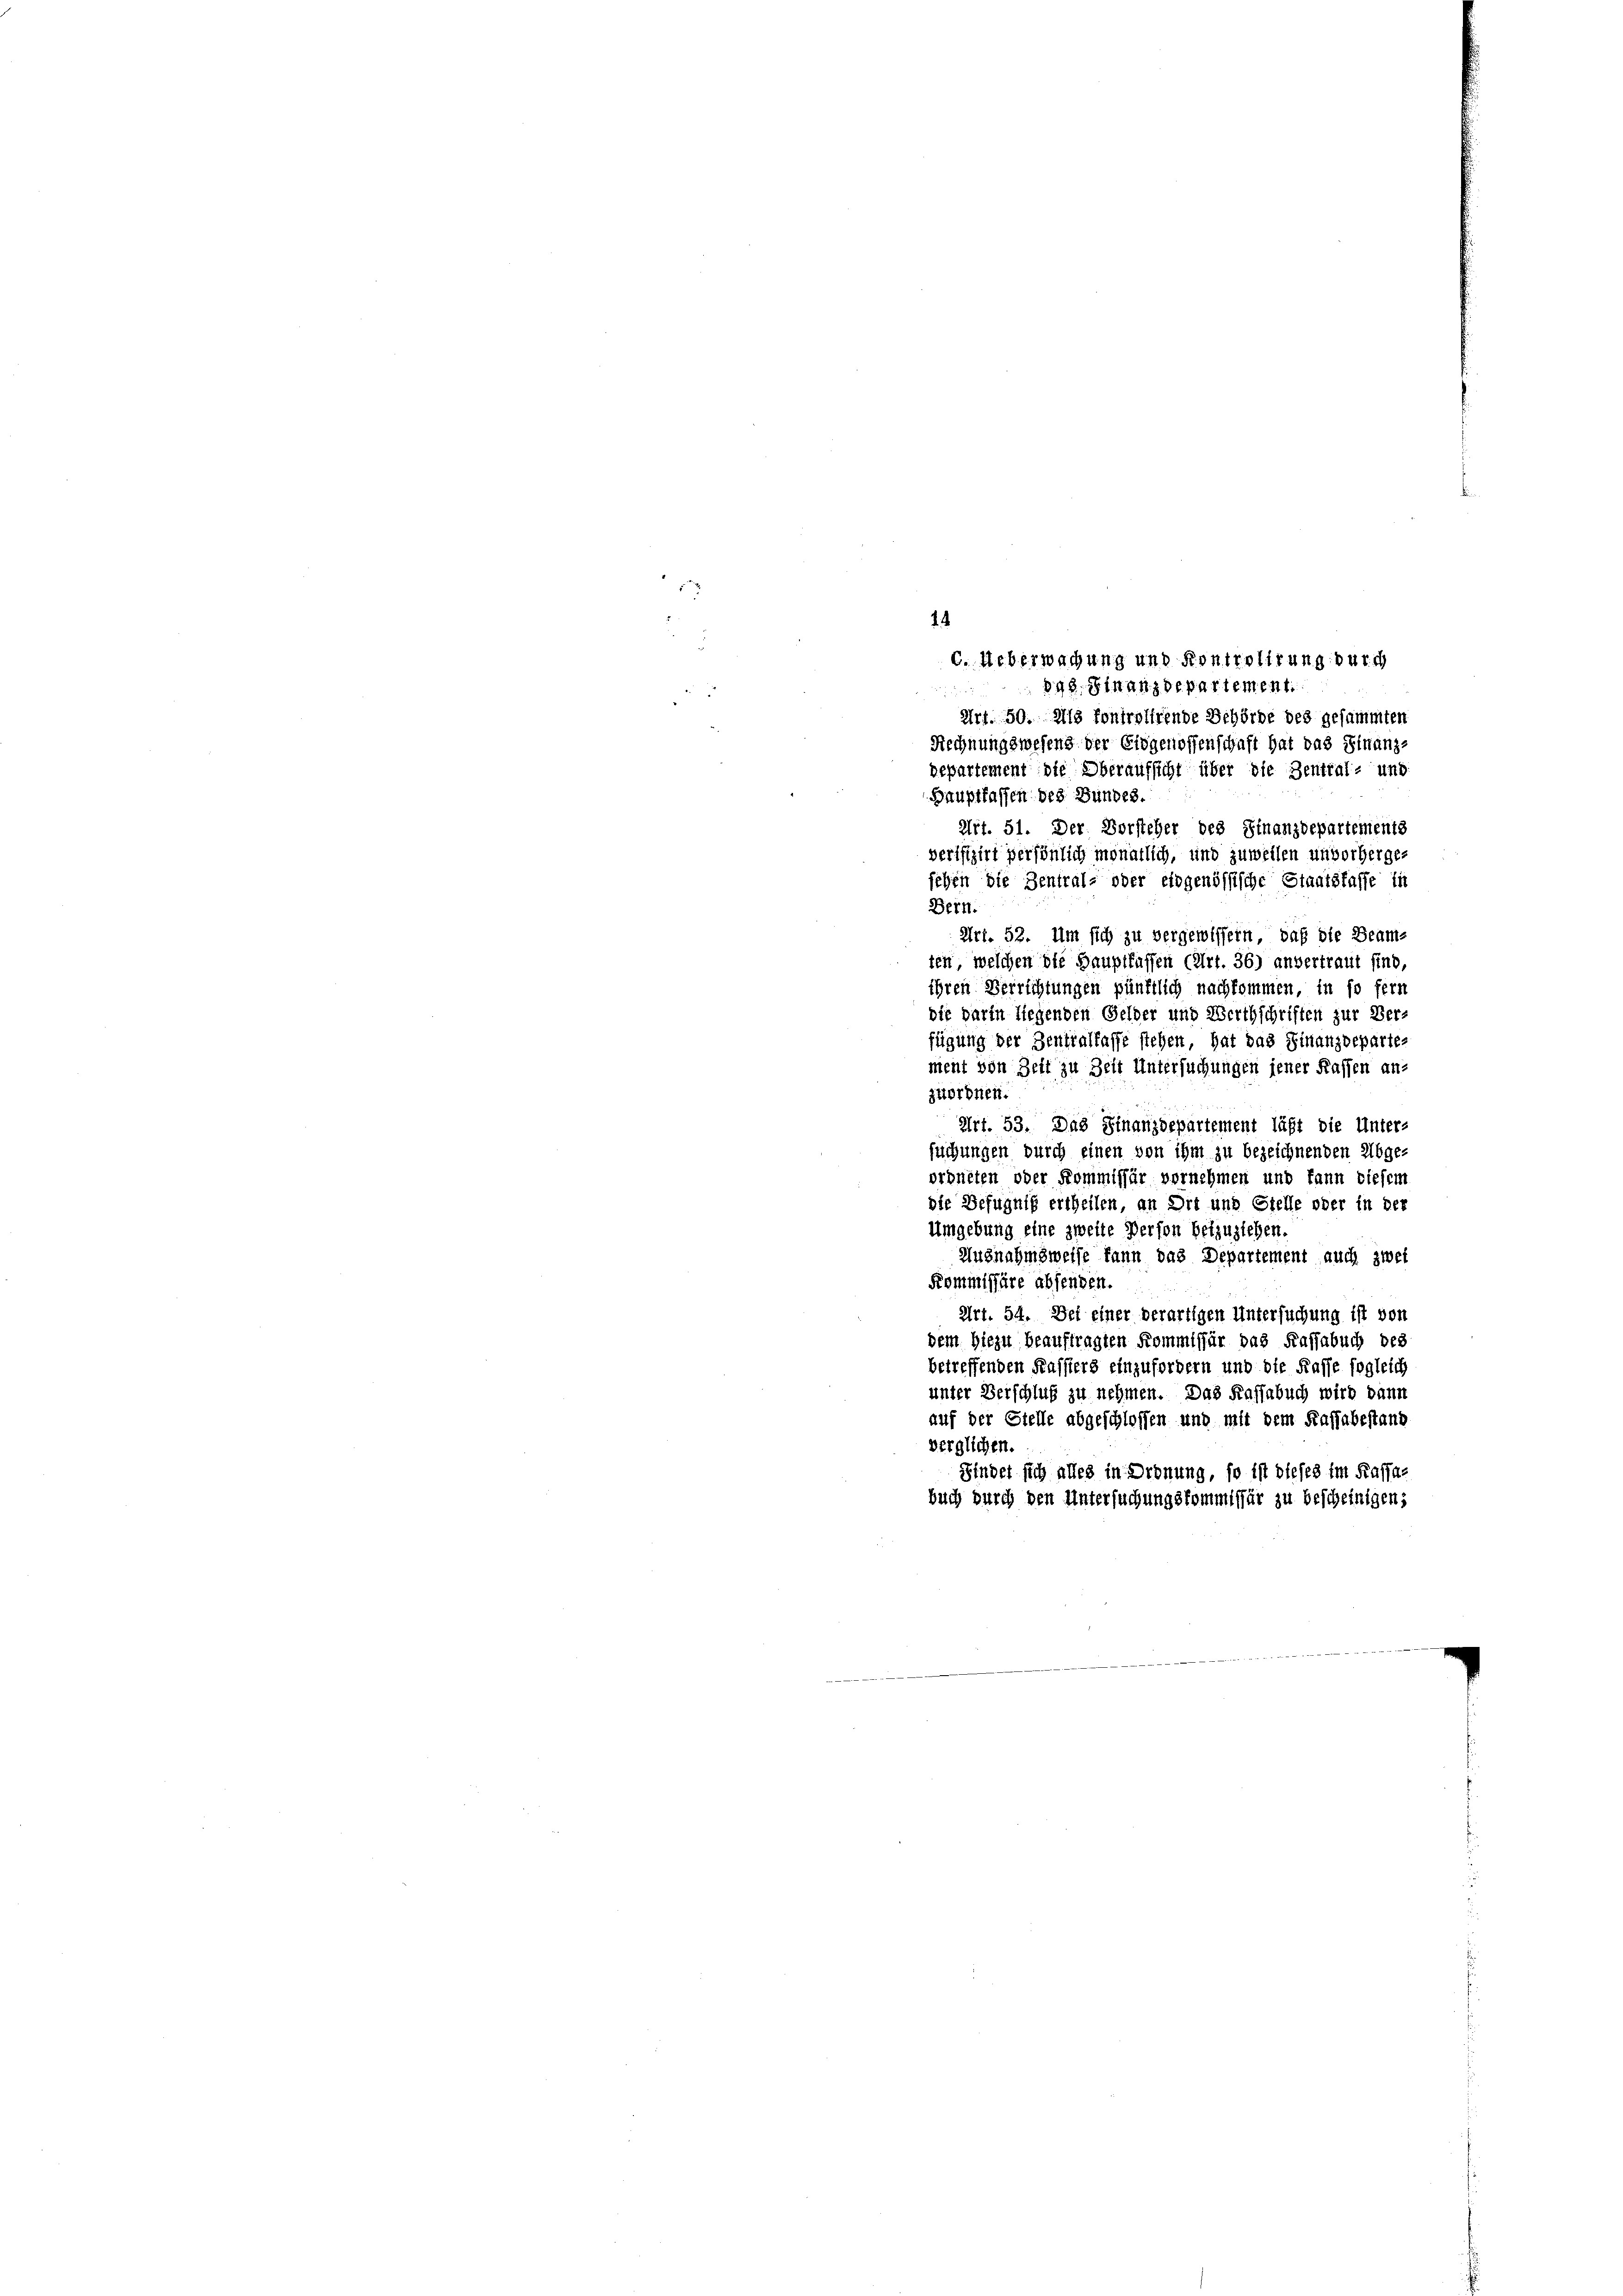
848. Finanzdepartement.

7
Art. 50. Als fontrolirende Behörde des gesammten
Rechnungswesens der Eidgenossenschaft hat das Finanz-
departement die Oberaufsicht über die Zentral- und
Gauptfaffen des Bundes.
Art. 51. Der Vorsteher des Finanzdepartements
verifizirt persönlich monatlich, und zuweilen unvorherge-
sehen die Zentral- oder eidgenössische Staatskasse in
Bern.
Art. 52. Um sich zu vergewissern, daß die Beamten, welchen die Hauptfüffen (Art. 36) anvertraut sind,
ihren Verrichtungen pünktlich nachkommen, in so fern
die darin liegenden Gelder und Werthschriften zur Ver-
fügung der Zenstallasse stehen, hat das Finanzdeparte
ment von Zeit zu Zeit Untersuchungen jener Kassen an-
zuordnen.
Art. 53. Das Finanzdepartement läßt die Unter-
suchungen durch einen von ihm zu bezeichnenden Abge-
ordneten oder Kommissär vernehmen und kann diefem
die Befugnis ertheilen, an Ort und Stelle oder in der
Umgebung eine zweite Person beizustehen.
Ausnahmsweise kann das Departement auch zwei
Kommissäre absenden.
Art. 54. Dei einer derartigen Untersuchung ist von
dem hiezu beauftragten Kommissär das Kassabuch des
betreffenden Kassiers einzufordern und die Kasse sogleich
unter Verschluß zu nehmen. Das Kassabuch wird dann
auf der Stelle abgeschlossen und mit dem Kassabestand
verglichen.
Findet sich alles in Ordnung, so ist dieses im Kassabuch durch den Untersuchungskommissär zu bescheinigen;

4

c. Ueberwachung und Kontrolirung durch